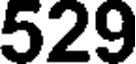
529